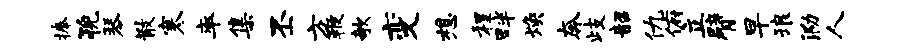
捧猊琴散寒率集丕方鞭欹变想程畔焕奔歧韶仇俯立臂早琅泐人